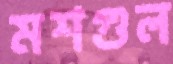
মশগুল